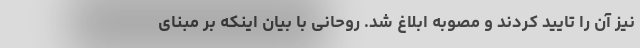
نیز آن را تایید کردند و مصوبه ابلاغ شد. روحانی با بیان اینکه بر مبنای